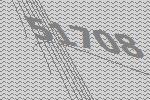
51708